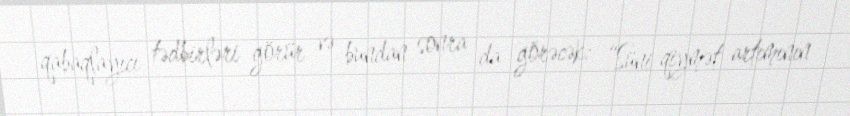
qabaqlayıcı tədbirləri görür və bundan sonra da görəcək: “Süni qiymət artımının